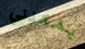
يمكنني